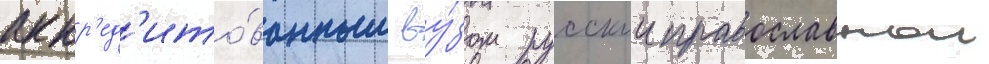
аккр'ед'ито́ванным ву́зом русскои православнои